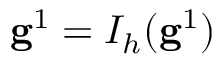
\mathbf { g } ^ { 1 } = I _ { h } ( \mathbf { g } ^ { 1 } )